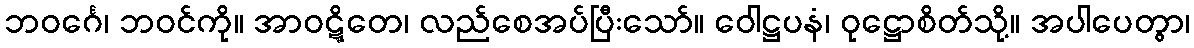
ဘဝင်္ဂေ၊ ဘဝင်ကို။ အာဝဋ္ဋိတေ၊ လည်စေအပ်ပြီးသော်။ ဝေါဋ္ဌပနံ၊ ဝုဋ္ဌောစိတ်သို့။ အပါပေတွာ၊